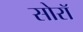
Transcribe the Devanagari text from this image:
सोरॉ